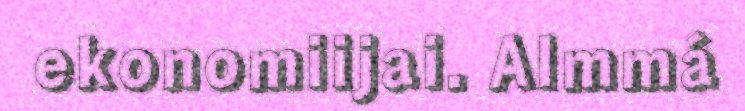
ekonomiijai. Almmá